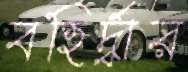
বহির্দ্বার